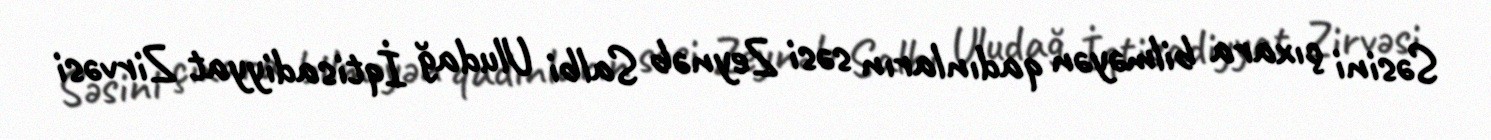
Səsini çıxara bilməyən qadınların səsi Zeynəb Salbi Uludağ İqtisadiyyat Zirvəsi